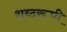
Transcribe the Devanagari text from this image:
शब्दरूपी